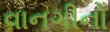
વાનગીનો